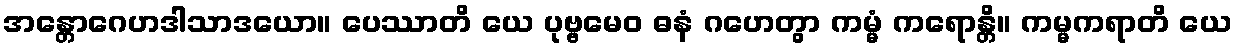
အန္တောဂေဟဒါသာဒယော။ ပေဿာတိ ယေ ပုဗ္ဗမေဝ ဓနံ ဂဟေတွာ ကမ္မံ ကရောန္တိ။ ကမ္မကရာတိ ယေ